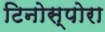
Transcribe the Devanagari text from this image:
टिनोस्पोरा